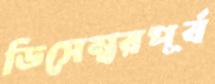
ডিসেম্বরপূর্ব